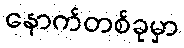
နောက်တစ်ခုမှာ